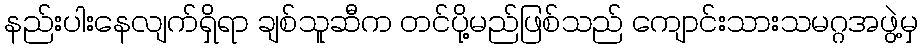
နည်းပါးနေလျက်ရှိရာ ချစ်သူဆီက တင်ပို့မည်ဖြစ်သည် ကျောင်းသားသမဂ္ဂအဖွဲ့မှ